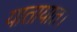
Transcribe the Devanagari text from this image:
यातायात।